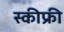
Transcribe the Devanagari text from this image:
स्कीफ्री